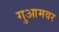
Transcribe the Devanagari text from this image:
गुआमवर